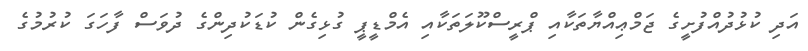
އަދި ކުޅުދުއްފުށީގެ ޖަމްޢިއްޔާތަކާއި ޕްރީސްކޫލަތަކާއި އެމްޑީޕީ ގުޅިގެން ކުޑަކުދިންގެ ދުވަސް ފާހަގަ ކުރުމުގެ